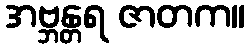
အဗ္ဘန္တရ ဇာတက။